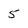
Character: 5